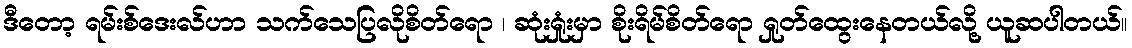
ဒီတော့ ရမ်းစ်ဒေးလ်ဟာ သက်သေပြလိုစိတ်ရော ၊ ဆုံးရှုံးမှာ စိုးရိမ်စိတ်ရော ရှုတ်ထွေးနေတယ်လို့ ယူဆပါတယ်။